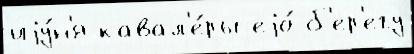
иjу́н'я кавал'е́ры еjо́ б'ер'егу